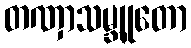
တဏှာသမ္ဘူတော